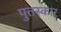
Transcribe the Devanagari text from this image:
पुतस्कार